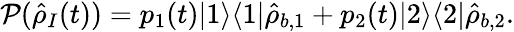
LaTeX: {\mathcal P}(\hat{\rho}_{I}(t))=p_{1}(t)|1\rangle\langle 1|\hat{\rho}_{b,1}+p_{2}(t)|2\rangle\langle 2|\hat{\rho}_{b,2}.